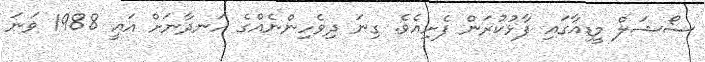
ސޯޝަލް މީޑިއާގައި ފާޅުކުރަން ފެށިއެވެ. ގިނަ ދިވެހިންނެއްގެ ހަނދާނަށް އައީ 1988 ވަނަ